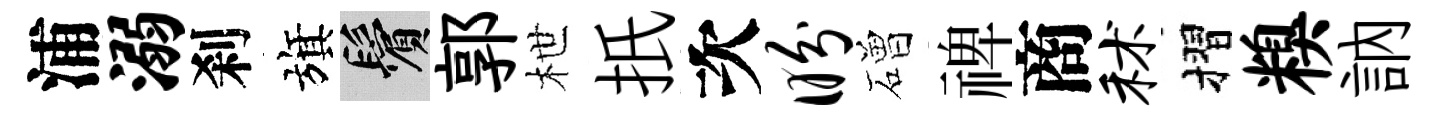
浦溺刹旗鬢郭枻扺次盼磳禆商秫摺糗訥